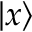
\vert x \rangle